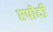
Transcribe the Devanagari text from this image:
एपोदी